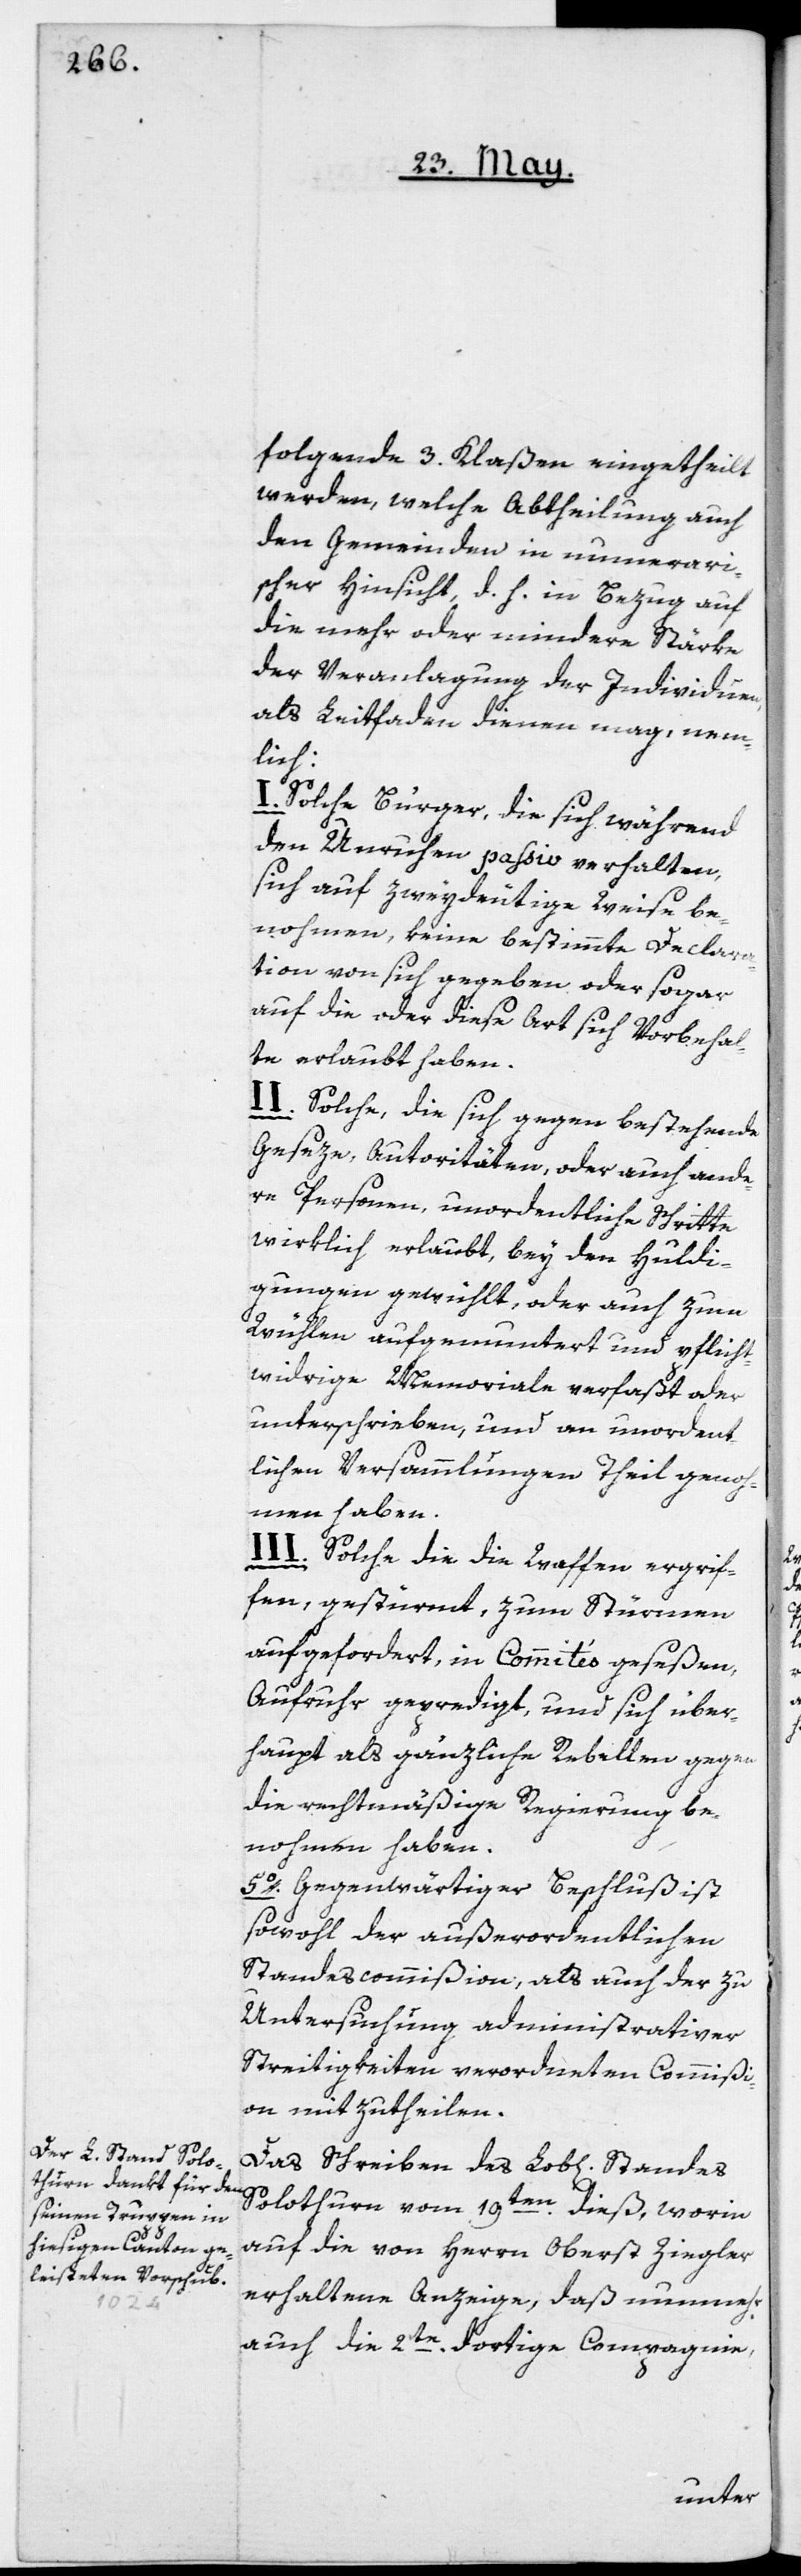
folgende 3. Klaßen eingetheilt
werden, welche Abtheilung auch
den Gemeinden in numerari¬
scher Hinsicht, d. h. in Bezug auf
die mehr oder mindere Stärke
der Veranlagung der Individuen,
als Leitfaden dienen mag, nem¬
lich:
I. Solche Bürger, die sich während
den Unruhen passiv verhalten,
sich auf zweydeutige Weise be¬
nohmen, keine bestimmte Declar¬
ation von sich gegeben oder sogar
auf die oder diese Art sich Vorbehal¬
te erlaubt haben.
II. Solche, die sich gegen bestehende
Geseze, Autoritäten, oder auch ande¬
re Personen, unordentliche Schritte
wirklich erlaubt, bey den Huldi¬
gungen gewühlt, oder auch zum
Wühlen aufgemuntert und pflicht¬
widrige Memoriale verfaßt oder
unterschrieben, und an unordent¬
lichen Versammlungen Theil genoh¬
men haben.
III. Solche die die Waffen ergrif¬
fen, gestürmt, zum Stürmen
aufgefordert, in Commités geseßen,
Aufruhr gepredigt, und sich über¬
haupt als gänzliche Rebellen gegen
die rechtmäßige Regierung be¬
nohmen haben.
5o. Gegenwärtiger Beschluß ist
sowohl der außerordentlichen
Standescommißion, als auch der zu
Untersuchung administrativer
Streitigkeiten verordneten Commißi¬
on mitzutheilen.
Das Schreiben des Lob[lichen] Standes
Solothurn vom 19ten dieß, worin
auf die von Herrn Oberst Ziegler
erhaltene Anzeige, daß nunmehr
auch die 2te dortige Compagnie